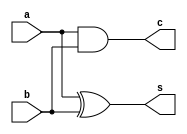
`timescale 1ns / 1ps
//////////////////////////////////////////////////////////////////////////////////
// Company: 
// Engineer: 
// 
// Design Name: 
// Module Name: halfadder_df
// Project Name: 
// Target Devices: 
// Tool Versions: 
// Description: 
// 
// Dependencies: 
// 
// Revision:
// Revision 0.01 - File Created
// Additional Comments:
// 
//////////////////////////////////////////////////////////////////////////////////


module halfadder_df(a,b,s,c);
    input a,b;
    output s,c;
    assign s=a^b;
    assign c=a&b;
    
endmodule